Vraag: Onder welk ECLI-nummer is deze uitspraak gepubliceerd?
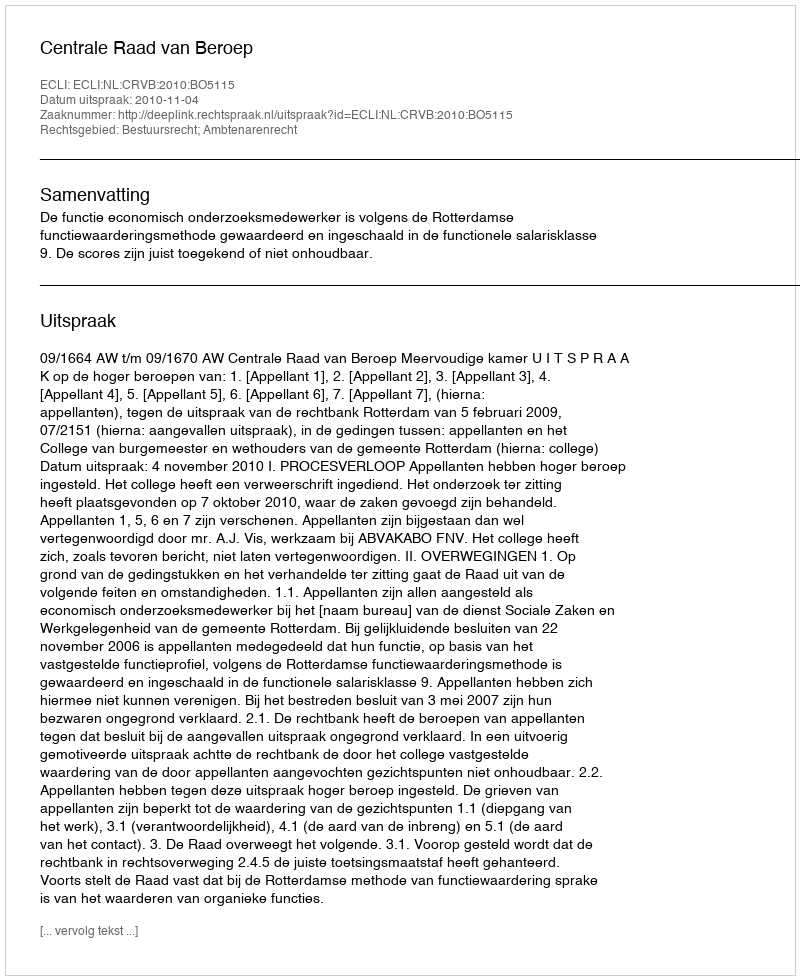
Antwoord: ECLI:NL:CRVB:2010:BO5115